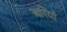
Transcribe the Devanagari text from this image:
अरियों